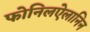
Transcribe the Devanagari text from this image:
फोनिलऐलानिन